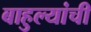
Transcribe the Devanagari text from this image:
बाहुल्यांची